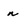
Character: n